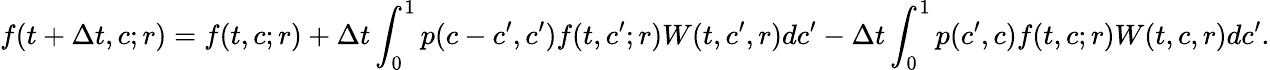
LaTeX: f(t+\Delta t,c;r)=f(t,c;r)+\Delta t\int_{0}^{1}p(c-c^{\prime},c^{\prime})f(t,c^{\prime};r)W(t,c^{\prime},r)dc^{\prime}-\Delta t\int_{0}^{1}p(c^{\prime},c)f(t,c;r)W(t,c,r)dc^{\prime}.